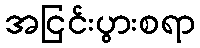
အငြင်းပွားစရာ